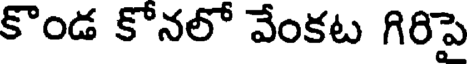
కొండ కోనలో వేంకట గిరిపై